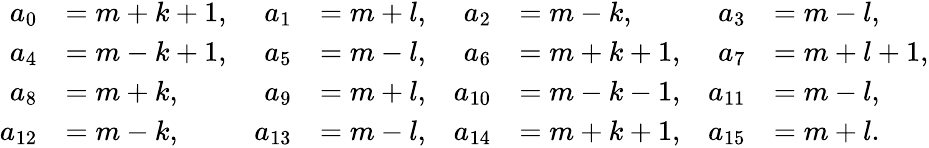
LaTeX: \begin{array}{rlrlrlrl}{a_{0}}&{=m+k+1,}&{a_{1}}&{=m+l,}&{a_{2}}&{=m-k,}&{a_{3}}&{=m-l,}\\ {a_{4}}&{=m-k+1,}&{a_{5}}&{=m-l,}&{a_{6}}&{=m+k+1,}&{a_{7}}&{=m+l+1,}\\ {a_{8}}&{=m+k,}&{a_{9}}&{=m+l,}&{a_{10}}&{=m-k-1,}&{a_{11}}&{=m-l,}\\ {a_{12}}&{=m-k,}&{a_{13}}&{=m-l,}&{a_{14}}&{=m+k+1,}&{a_{15}}&{=m+l.}\end{array}